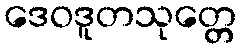
ဒေဝဒူတသုတ္တေ